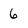
Character: 6